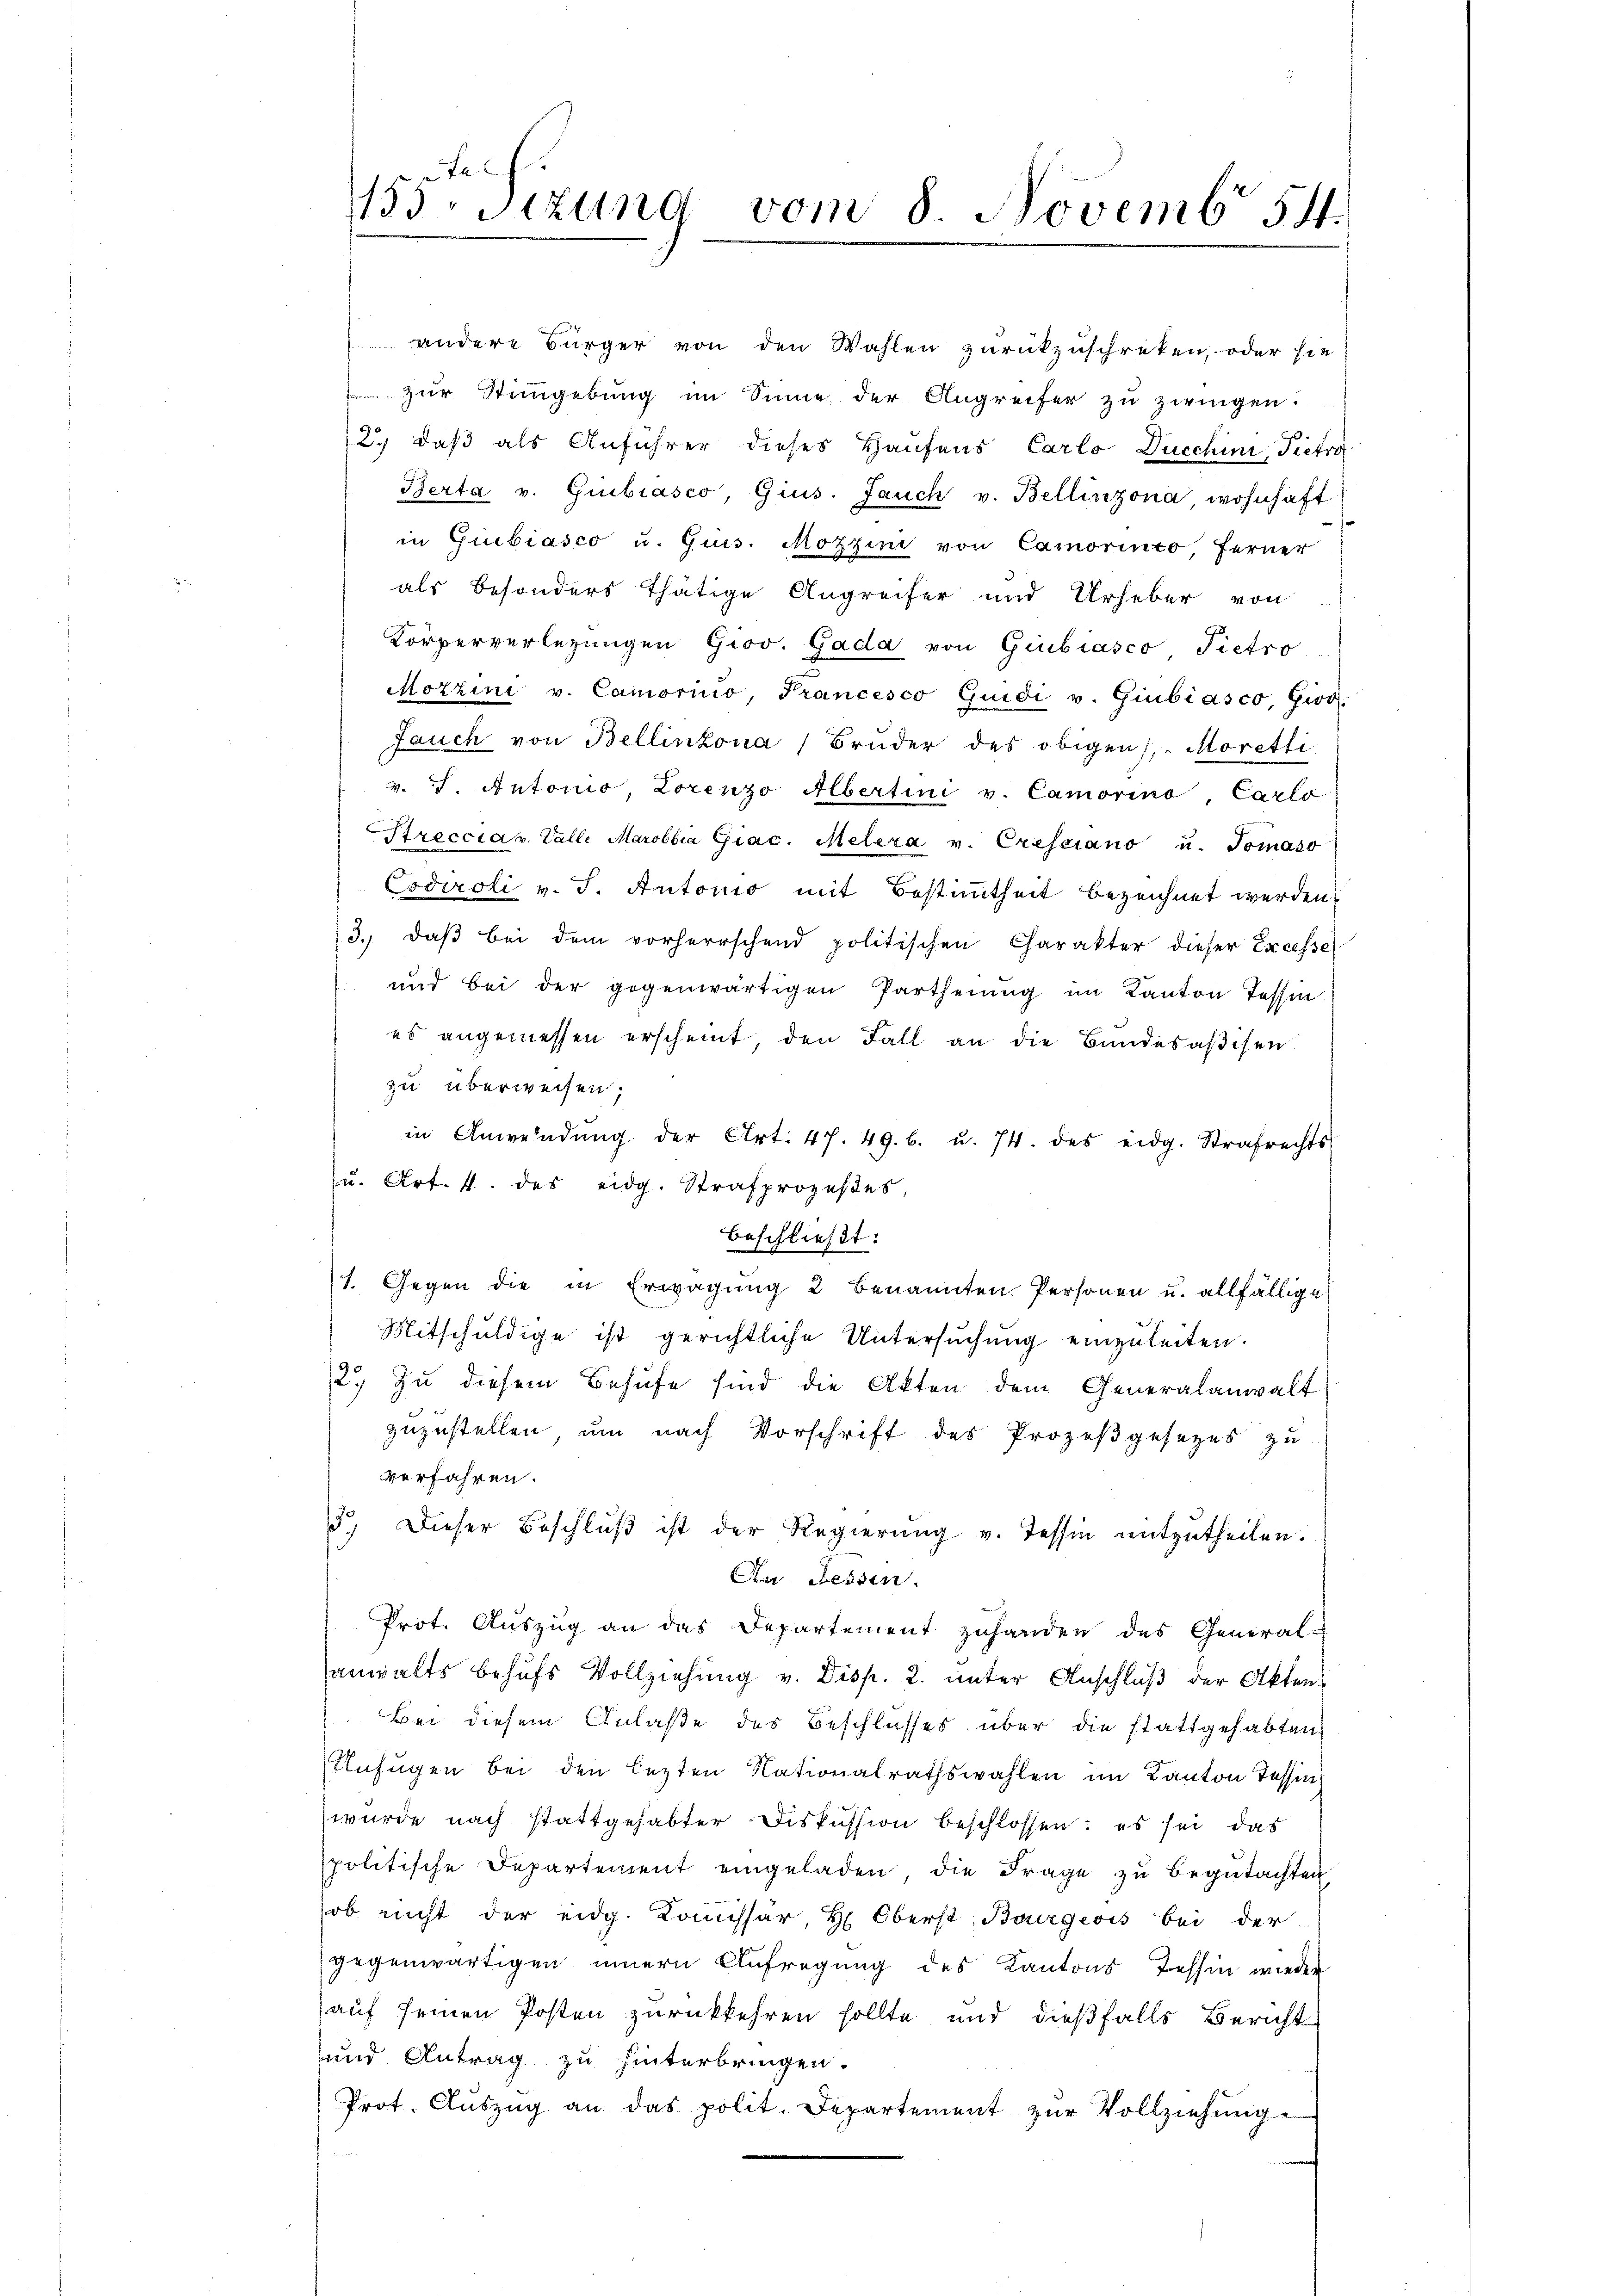
135 sizung vom 8 Novemb. 54.

andere Bürger von den Wahlen zurückzuschreten, oder sie
zur Stimmgebung im Sinne der Angreifer zu zweigen.
2.) daß als Anführer dieses Hausens Carlo Ducchini, Pietro
Berta u. Gubiasco, Gius. Jauch v. Bellinzona, wohnhaft
in Giubiasco u. Quis. Mozzini von Camorinto, ferner
als besonders thätige Angreifer und Urheber von
Körperverlegungen Giov. Gada von Giubiasco Pietro
Motzini v. Camorino, Francesco Quidi v. Giubiasco, Giod.
Jauch von Bellinzona Bruder des obigen, Moretti
v. J. Antonio, Lorenzo Albertini v. Camorina, Carlo
Streccia Valle Marobbia Giac. Melera v. Cressiano u. Tomaso
Codiroli v. J. Antonio mit Bestimmtheit bezeichnet werden
3. daβ bei dem vorherrschend politischen Charakter dieser Excesse
und bei der gegenwärtigen Partheiung im Kanton Tessin
es angemessen erscheint, den Fall an die Bundesaßisen
zu überweisen;
in Anwendŭng der Art. 47. 49. b. u. 74. des eidg. Strafrechts-
u. Art. 4. des eidg. Strafprozeßes,
beschließt:
1. Gegen die in Erwägung 2 benannten Personen u. allfällige
Mitschuldige ist gerichtliche Untersŭchŭng einzuleiten.
2.) Zu diesem Behufe sind die Akten dem Generalanwalt
zuzustellen, um nach Vorschrift des Prozeßgesezes zu
verfahren.
3. Dieser Beschlŭβ ist der Regierŭng v. Tessin mitzutheilen.
Da Fessen.
Prot. Aŭszŭg an das Departement zuhanden des General-
sanwalts behufs Vollziehung v. Disp. 2. unter Anschluß der Akten¬
Bei diesem Anlaße des Beschlusses über die stattgehabten,
Anfügen bei den lezten Nationalrathswahlen im Kanton Tessin
wurde nach stattgehabter Diskussion beschlossen: es sei das
spolitische Departement eingeladen die Frage zu begutachten
ob nicht der eidg. Kommissar, H. Oberst Bourgeois bei der
gegenwärtigen innern Aufregung des Kantons Tessin wieder
auf seinen Posten zurückkehren sollte und dießfalls Bericht
und Antrag zu hinterbringen.
Prot. Aŭszŭg an das polit. Departement zŭr Vollziehŭng